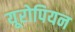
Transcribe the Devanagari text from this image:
यूरोपियन